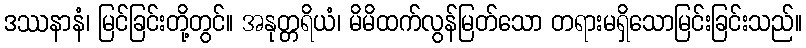
ဒဿနာနံ၊ မြင်ခြင်းတို့တွင်။ အနုတ္တရိယံ၊ မိမိထက်လွန်မြတ်သော တရားမရှိသောမြင်းခြင်းသည်။